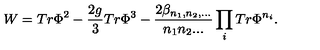
W = T r \Phi ^ { 2 } - \frac { 2 g } { 3 } T r \Phi ^ { 3 } - \frac { 2 \beta _ { n _ { 1 } , n _ { 2 } , . . . } } { n _ { 1 } n _ { 2 } . . . } \prod _ { i } T r \Phi ^ { n _ { i } } .